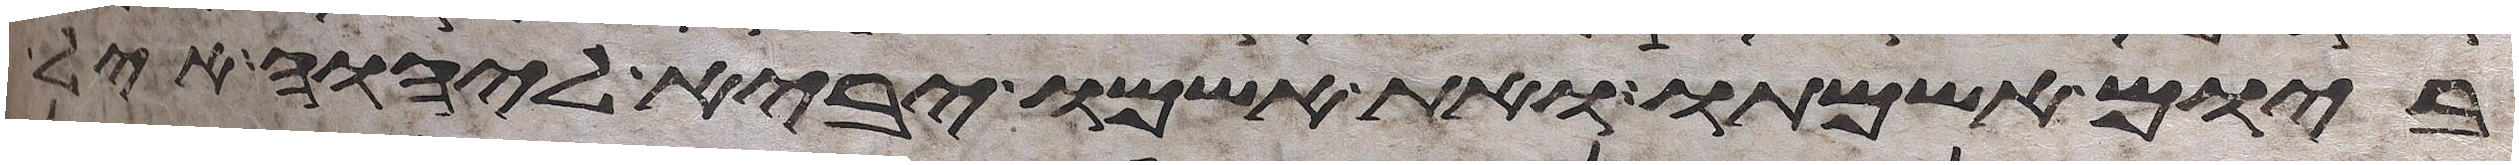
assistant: ביום אשמתו ואת אשמו יביא ליהוה איל